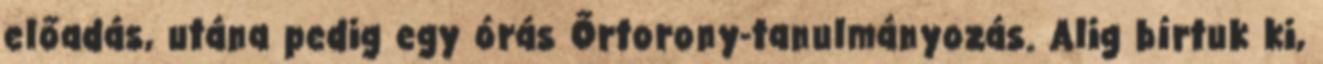
előadás, utána pedig egy órás Őrtorony-tanulmányozás. Alig bírtuk ki,